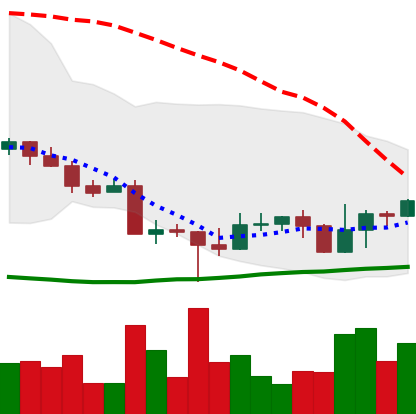
Ticker: EOS-USD
Chart end date: 2022-10-23
Forward return: 4.075%
Label: up_3_5